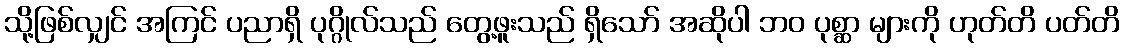
သို့ဖြစ်လျှင် အကြင် ပညာရှိ ပုဂ္ဂိုလ်သည် တွေ့ဖူးသည် ရှိသော် အဆိုပါ ဘဝ ပုစ္ဆာ များကို ဟုတ်တိ ပတ်တိ